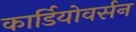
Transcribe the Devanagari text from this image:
कार्डियोवर्सन